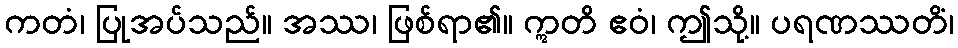
ကတံ၊ ပြုအပ်သည်။ အဿ၊ ဖြစ်ရာ၏။ ဣတိ ဧဝံ၊ ဤသို့။ ပရဏဿတိံ၊